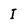
Character: I